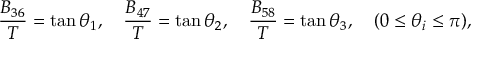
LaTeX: \frac { B _ { 3 6 } } { T } = \tan \theta _ { 1 } , \quad \frac { B _ { 4 7 } } { T } = \tan \theta _ { 2 } , \quad \frac { B _ { 5 8 } } { T } = \tan \theta _ { 3 } , \quad ( 0 \leq \theta _ { i } \leq \pi ) ,